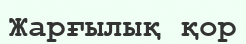
Жарғылық қор